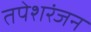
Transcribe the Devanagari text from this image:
तपेशरंजन